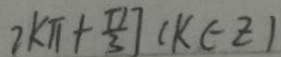
2 k \pi + \frac { \pi } { 3 } ] ( k \in z )